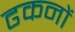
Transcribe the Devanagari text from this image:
ढकनों